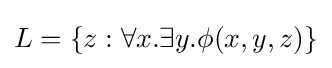
L=\{z:\forall x.\exists y.\phi (x,y,z)\}